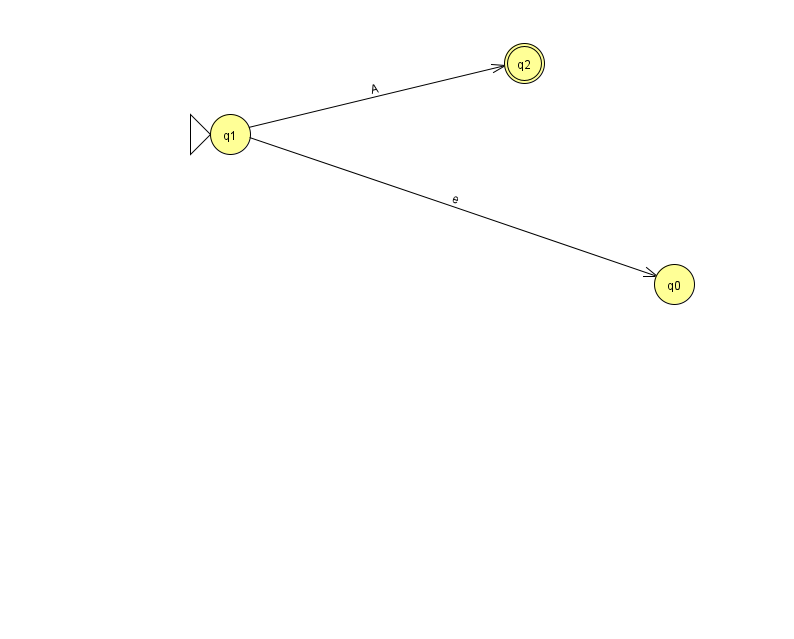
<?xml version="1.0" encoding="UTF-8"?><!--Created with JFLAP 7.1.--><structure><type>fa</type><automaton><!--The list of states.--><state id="0" name="q0"><x>674.0</x><y>271.0</y></state><state id="1" name="q1"><x>230.0</x><y>121.0</y><initial/></state><state id="2" name="q2"><x>524.0</x><y>50.0</y><final/></state><!--The list of transitions.--><transition><from>1</from><to>0</to><read>e</read></transition><transition><from>1</from><to>2</to><read>A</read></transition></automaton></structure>